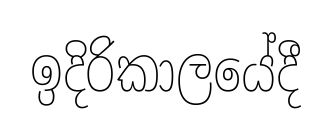
ඉදිරිකාලයේදී